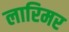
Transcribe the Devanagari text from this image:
लारिमर